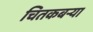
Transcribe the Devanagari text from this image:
चितकबऱ्या